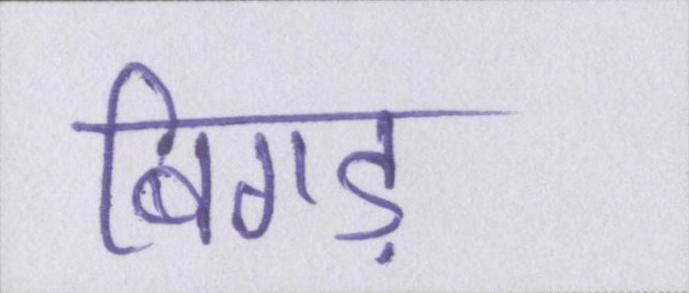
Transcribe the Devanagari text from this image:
बिगड़